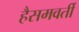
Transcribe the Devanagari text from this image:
हैसमवर्ती